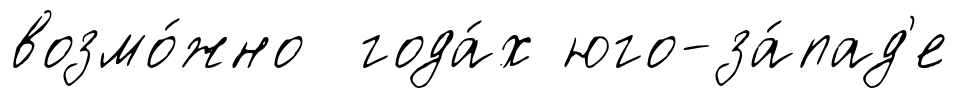
возмо́жно года́х юго-за́пад'е